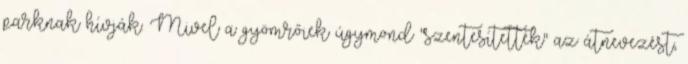
parknak hívják. Mivel a gyömrőiek úgymond "szentesítették" az átnevezést,